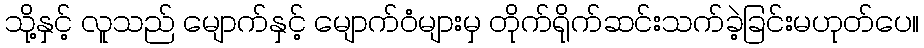
သို့နှင့် လူသည် မျောက်နှင့် မျောက်ဝံများမှ တိုက်ရိုက်ဆင်းသက်ခဲ့ခြင်းမဟုတ်ပေ။